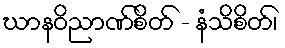
ဃာနဝိညာဏ်စိတ် - နံသိစိတ်၊